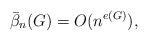
LaTeX: \begin{align*} \bar\beta_n(G)=O(n^{e(G)}), \end{align*}